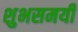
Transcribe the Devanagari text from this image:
शुभसमयी